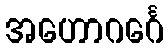
အဟောဂင်္ဂေ